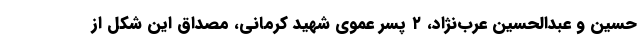
حسین و عبدالحسین عرب‌نژاد، ۲ پسر عموی شهید کرمانی، مصداق این شکل از